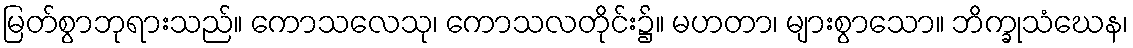
မြတ်စွာဘုရားသည်။ ကောသလေသု၊ ကောသလတိုင်း၌။ မဟတာ၊ များစွာသော။ ဘိက္ခုသံဃေန၊